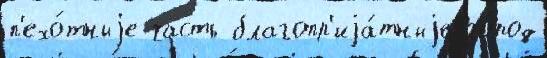
п'ехо́тныjе часть благопр'иjа́тныjе го́род